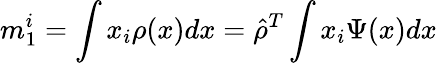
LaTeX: m_{1}^{i}=\int x_{i}\rho(x)dx=\hat{\rho}^{T}\int x_{i}\Psi(x)dx